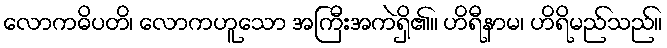
လောကဓိပတိ၊ လောကဟူသော အကြီးအကဲရှိ၏။ ဟိရီနာမ၊ ဟိရိမည်သည်။